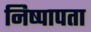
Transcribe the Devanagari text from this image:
निष्पापता